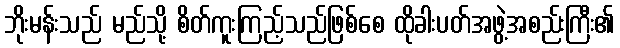
ဘိုးမန်းသည် မည်သို့ စိတ်ကူးကြည့်သည်ဖြစ်စေ ထိုခါးပတ်အဖွဲ့အစည်းကြီး၏